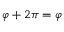
\varphi + 2 \pi = \varphi